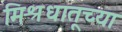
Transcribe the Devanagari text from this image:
मिश्रधातूच्या